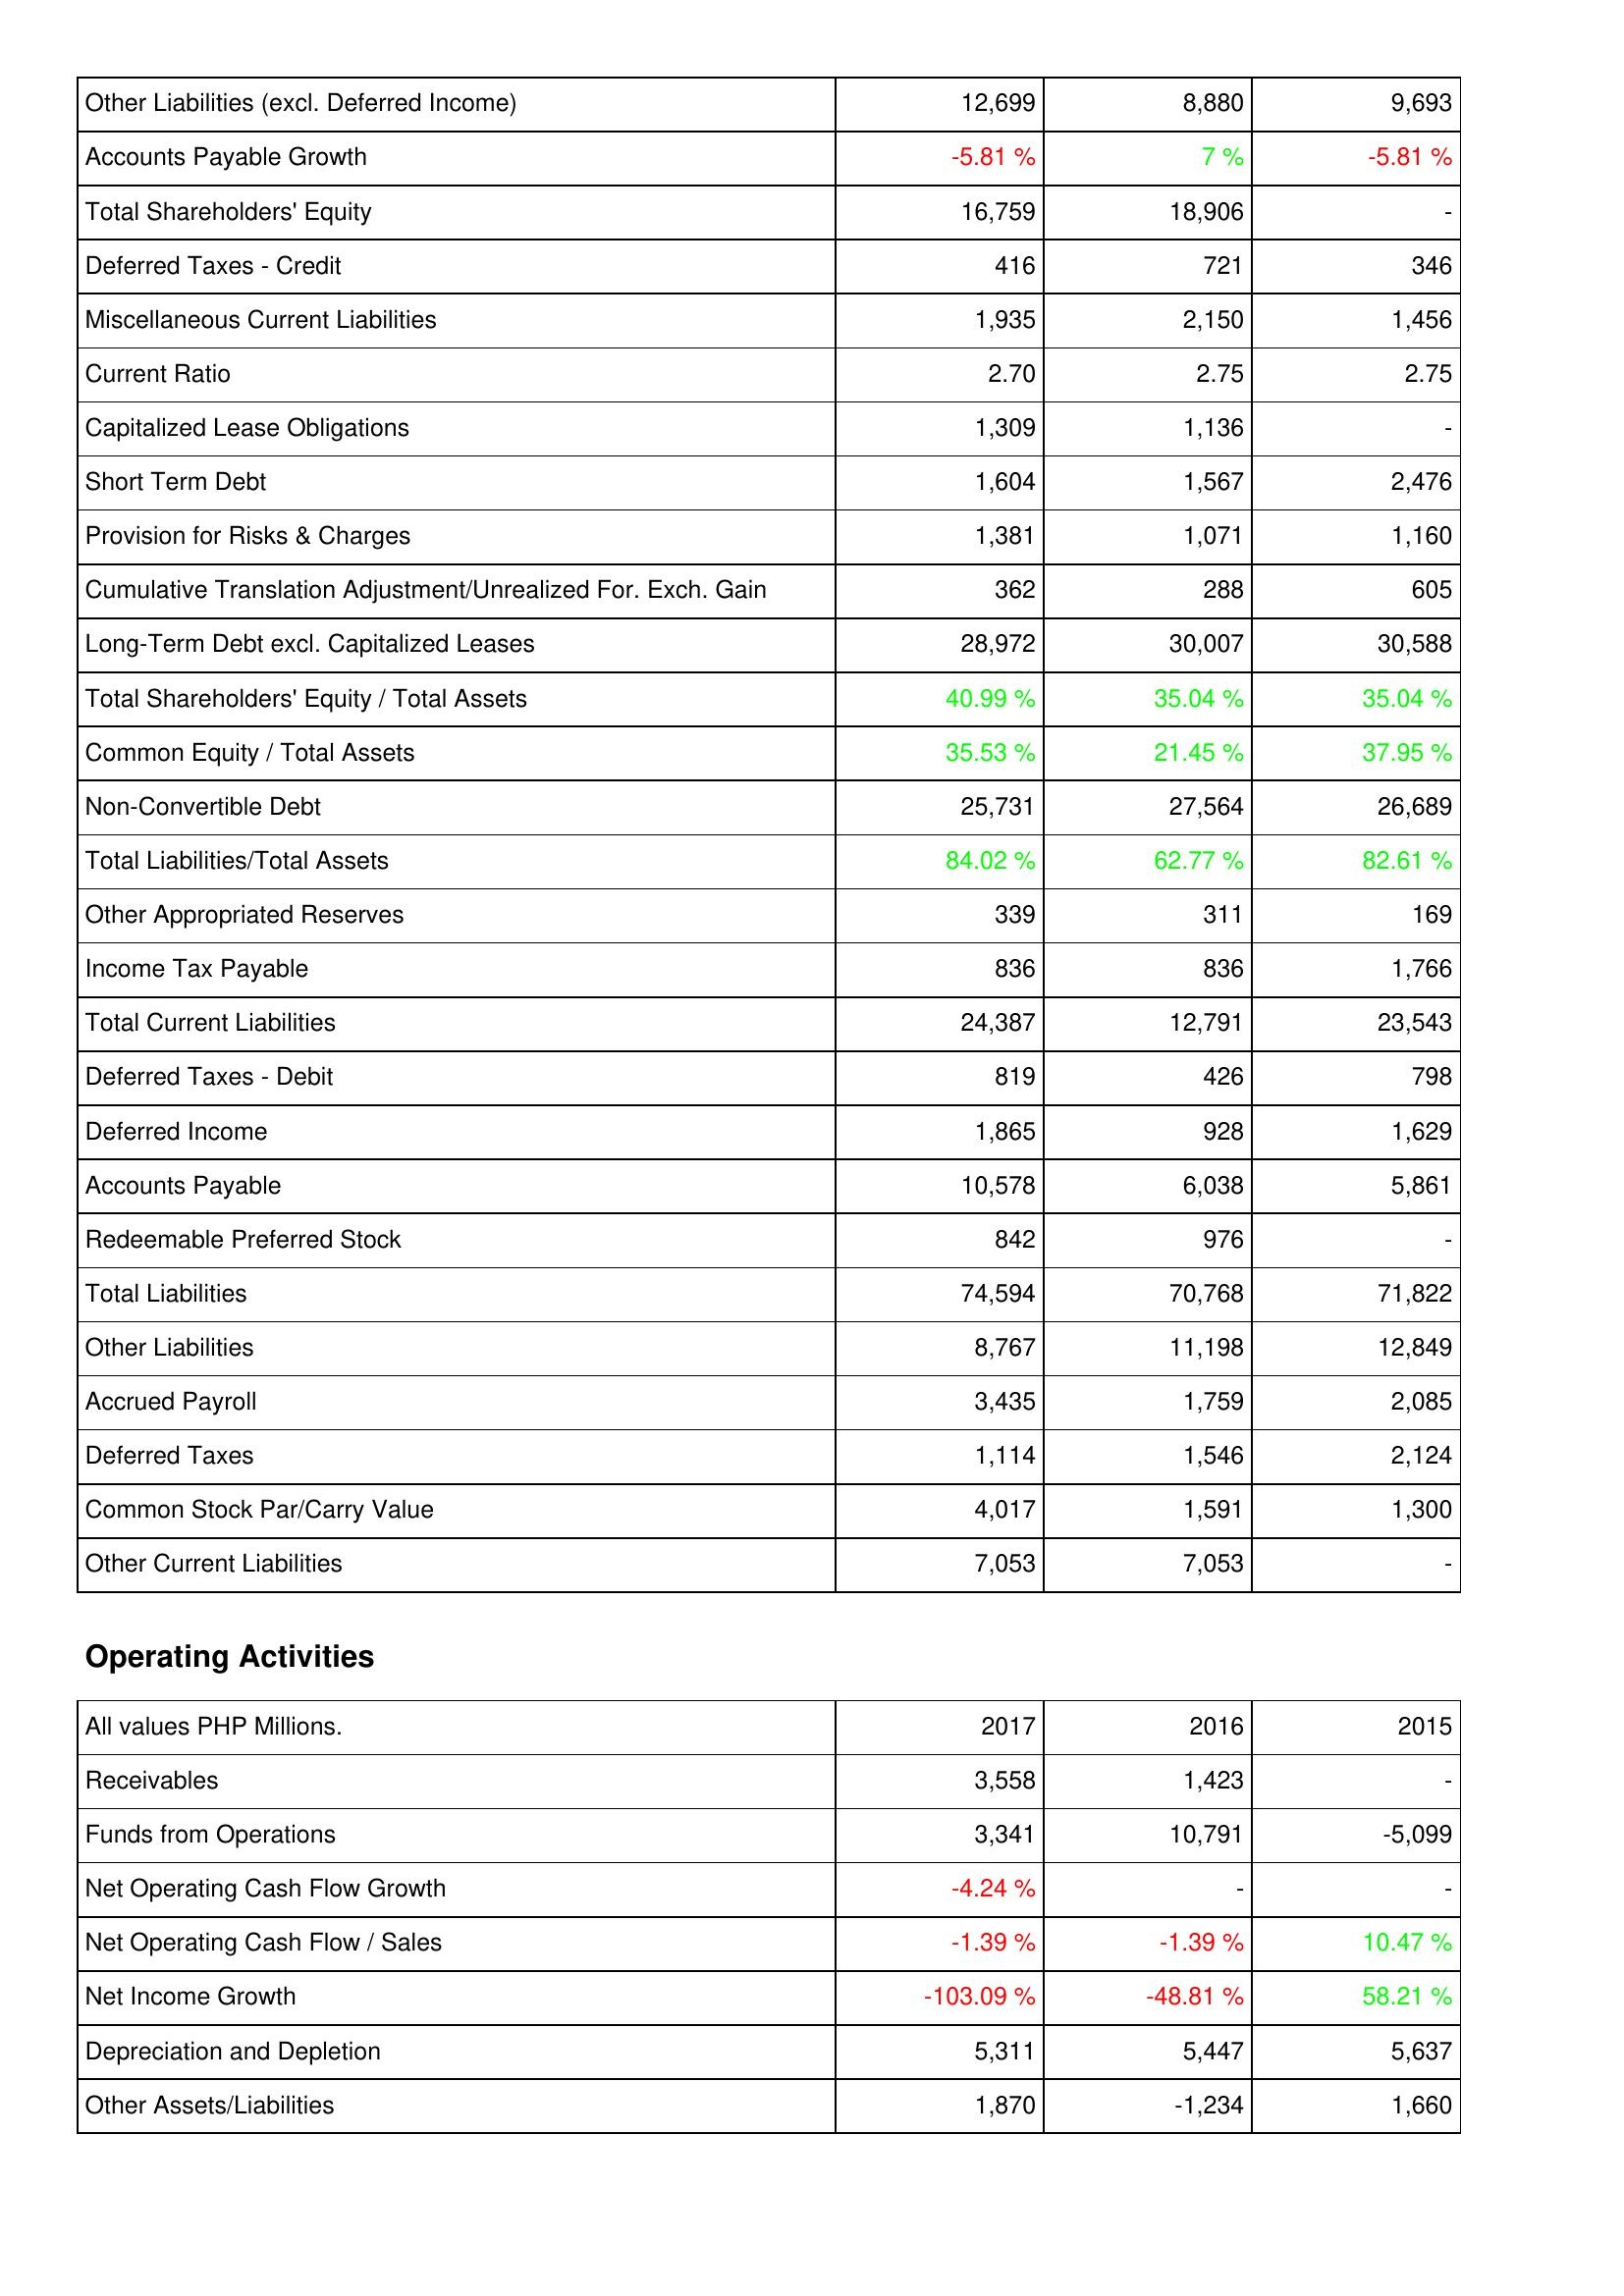
2017: Liabilities & Shareholders' Equity: Other Liabilities (excl. Deferred Income): 12,699
Accounts Payable Growth: -5.81 %
Total Shareholders' Equity: 16,759
Deferred Taxes - Credit: 416
Miscellaneous Current Liabilities: 1,935
Current Ratio: 2.70
Capitalized Lease Obligations: 1,309
Short Term Debt: 1,604
Provision for Risks & Charges: 1,381
Cumulative Translation Adjustment/Unrealized For. Exch. Gain: 362
Long-Term Debt excl. Capitalized Leases: 28,972
Total Shareholders' Equity / Total Assets: 40.99 %
Common Equity / Total Assets: 35.53 %
Non-Convertible Debt: 25,731
Total Liabilities/Total Assets: 84.02 %
Other Appropriated Reserves: 339
Income Tax Payable: 836
Total Current Liabilities: 24,387
Deferred Taxes - Debit: 819
Deferred Income: 1,865
Accounts Payable: 10,578
Redeemable Preferred Stock: 842
Total Liabilities: 74,594
Other Liabilities: 8,767
Accrued Payroll: 3,435
Deferred Taxes: 1,114
Common Stock Par/Carry Value: 4,017
Other Current Liabilities: 7,053
Operating Activities: Receivables: 3,558
Funds from Operations: 3,341
Net Operating Cash Flow Growth: -4.24 %
Net Operating Cash Flow / Sales: -1.39 %
Net Income Growth: -103.09 %
Depreciation and Depletion: 5,311
Other Assets/Liabilities: 1,870
2016: Liabilities & Shareholders' Equity: Other Liabilities (excl. Deferred Income): 8,880
Accounts Payable Growth: 7 %
Total Shareholders' Equity: 18,906
Deferred Taxes - Credit: 721
Miscellaneous Current Liabilities: 2,150
Current Ratio: 2.75
Capitalized Lease Obligations: 1,136
Short Term Debt: 1,567
Provision for Risks & Charges: 1,071
Cumulative Translation Adjustment/Unrealized For. Exch. Gain: 288
Long-Term Debt excl. Capitalized Leases: 30,007
Total Shareholders' Equity / Total Assets: 35.04 %
Common Equity / Total Assets: 21.45 %
Non-Convertible Debt: 27,564
Total Liabilities/Total Assets: 62.77 %
Other Appropriated Reserves: 311
Income Tax Payable: 836
Total Current Liabilities: 12,791
Deferred Taxes - Debit: 426
Deferred Income: 928
Accounts Payable: 6,038
Redeemable Preferred Stock: 976
Total Liabilities: 70,768
Other Liabilities: 11,198
Accrued Payroll: 1,759
Deferred Taxes: 1,546
Common Stock Par/Carry Value: 1,591
Other Current Liabilities: 7,053
Operating Activities: Receivables: 1,423
Funds from Operations: 10,791
Net Operating Cash Flow Growth: -
Net Operating Cash Flow / Sales: -1.39 %
Net Income Growth: -48.81 %
Depreciation and Depletion: 5,447
Other Assets/Liabilities: -1,234
2015: Liabilities & Shareholders' Equity: Other Liabilities (excl. Deferred Income): 9,693
Accounts Payable Growth: -5.81 %
Total Shareholders' Equity: -
Deferred Taxes - Credit: 346
Miscellaneous Current Liabilities: 1,456
Current Ratio: 2.75
Capitalized Lease Obligations: -
Short Term Debt: 2,476
Provision for Risks & Charges: 1,160
Cumulative Translation Adjustment/Unrealized For. Exch. Gain: 605
Long-Term Debt excl. Capitalized Leases: 30,588
Total Shareholders' Equity / Total Assets: 35.04 %
Common Equity / Total Assets: 37.95 %
Non-Convertible Debt: 26,689
Total Liabilities/Total Assets: 82.61 %
Other Appropriated Reserves: 169
Income Tax Payable: 1,766
Total Current Liabilities: 23,543
Deferred Taxes - Debit: 798
Deferred Income: 1,629
Accounts Payable: 5,861
Redeemable Preferred Stock: -
Total Liabilities: 71,822
Other Liabilities: 12,849
Accrued Payroll: 2,085
Deferred Taxes: 2,124
Common Stock Par/Carry Value: 1,300
Other Current Liabilities: -
Operating Activities: Receivables: -
Funds from Operations: -5,099
Net Operating Cash Flow Growth: -
Net Operating Cash Flow / Sales: 10.47 %
Net Income Growth: 58.21 %
Depreciation and Depletion: 5,637
Other Assets/Liabilities: 1,660